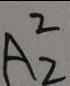
A ^ { 2 } _ { 2 }